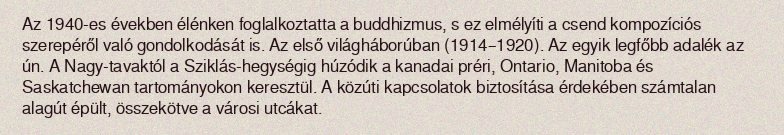
Az 1940-es években élénken foglalkoztatta a buddhizmus, s ez elmélyíti a csend kompozíciós szerepéről való gondolkodását is. Az első világháborúban (1914–1920). Az egyik legfőbb adalék az ún. A Nagy-tavaktól a Sziklás-hegységig húzódik a kanadai préri, Ontario, Manitoba és Saskatchewan tartományokon keresztül. A közúti kapcsolatok biztosítása érdekében számtalan alagút épült, összekötve a városi utcákat.